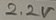
Text: 2.2V